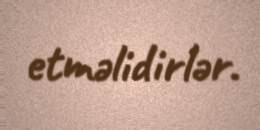
etməlidirlər.